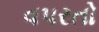
વપરતો